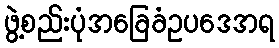
ဖွဲ့စည်းပုံအခြေခံဥပဒေအရ